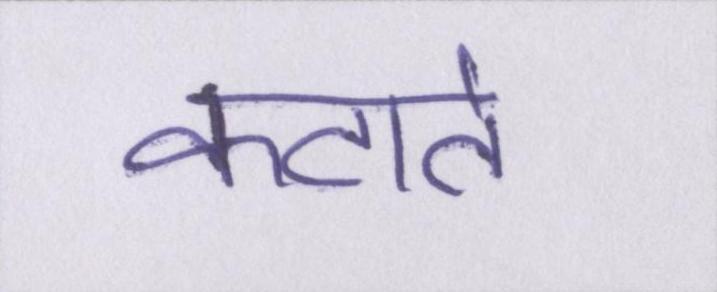
कटाते